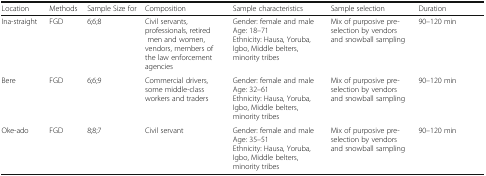
<table><thead><tr><td><b>Location</b></td><td><b>Methods</b></td><td><b>Sample Size for</b></td><td><b>Composition</b></td><td><b>Sample characteristics</b></td><td><b>Sample selection</b></td><td><b>Duration</b></td></tr></thead><tbody><tr><td>Ina-straight</td><td>FGD</td><td>6;6;8</td><td>Civil servants, professionals, retired men and women, vendors, members of the law enforcement agencies</td><td>Gender: female and maleAge: 18–71Ethnicity: Hausa, Yoruba, Igbo, Middle belters, minority tribes</td><td>Mix of purposive pre-selection by vendors and snowball sampling</td><td>90–120 min</td></tr><tr><td>Bere</td><td>FGD</td><td>6;6;9</td><td>Commercial drivers, some middle-class workers and traders</td><td>Gender: female and maleAge: 32–61Ethnicity: Hausa, Yoruba, Igbo, Middle belters, minority tribes</td><td>Mix of purposive pre-selection by vendors and snowball sampling</td><td>90–120 min</td></tr><tr><td>Oke-ado</td><td>FGD</td><td>8;8;7</td><td>Civil servant</td><td>Gender: female and maleAge: 35–51Ethnicity: Hausa, Yoruba, Igbo, Middle belters, minority tribes</td><td>Mix of purposive pre-selection by vendors and snowball sampling</td><td>90–120 min</td></tr></tbody></table>